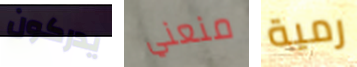
يدركون منعني رمية